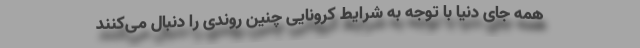
همه جای دنیا با توجه به شرایط کرونایی چنین روندی را دنبال می‌کنند